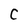
Character: C